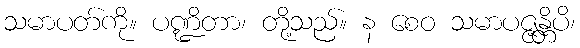
သမာပတ်ကို။ ပဏ္ဍိတာ၊ တို့သည်။ န စေဝ သမာပဇ္ဇန္တိပိ၊